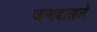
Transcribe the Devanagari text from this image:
जन्मदाखले